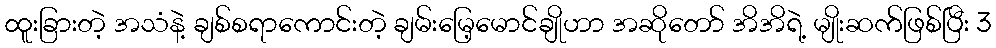
ထူးခြားတဲ့ အသံနဲ့ ချစ်စရာကောင်းတဲ့ ချမ်းမြေ့မောင်ချိုဟာ အဆိုတော် အိအိရဲ့ မျိုးဆက်ဖြစ်ပြီး 3